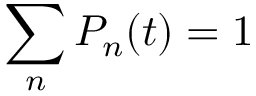
\sum _ { n } P _ { n } ( t ) = 1